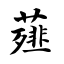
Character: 薤